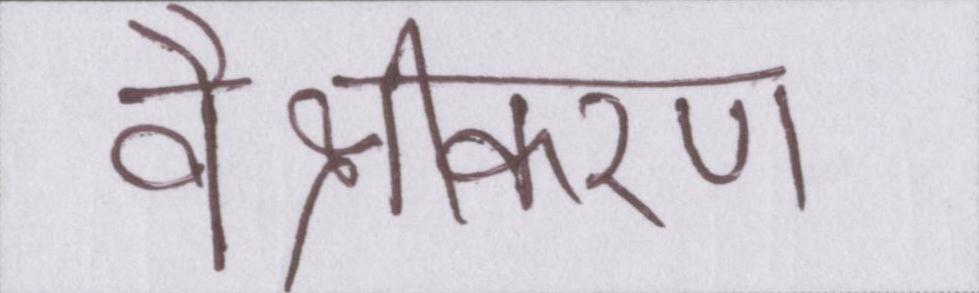
वैश्वीकरण